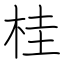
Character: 桂